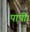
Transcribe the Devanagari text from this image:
पापी।